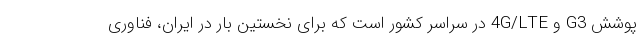
پوشش G3 و 4G/LTE در سراسر کشور است که برای نخستین بار در ایران، فناوری